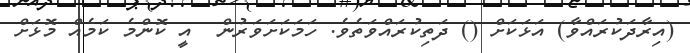
(އިރާދަކުރައްވާ) އަޅަކަށް () ދަތިކުރައްވަތެވެ. ހަމަކަށަވަރުން  އީ ކޮންމެ ކަމެއް މޮޅަށް